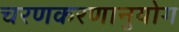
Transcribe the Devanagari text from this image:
चरणकरणानुयोग